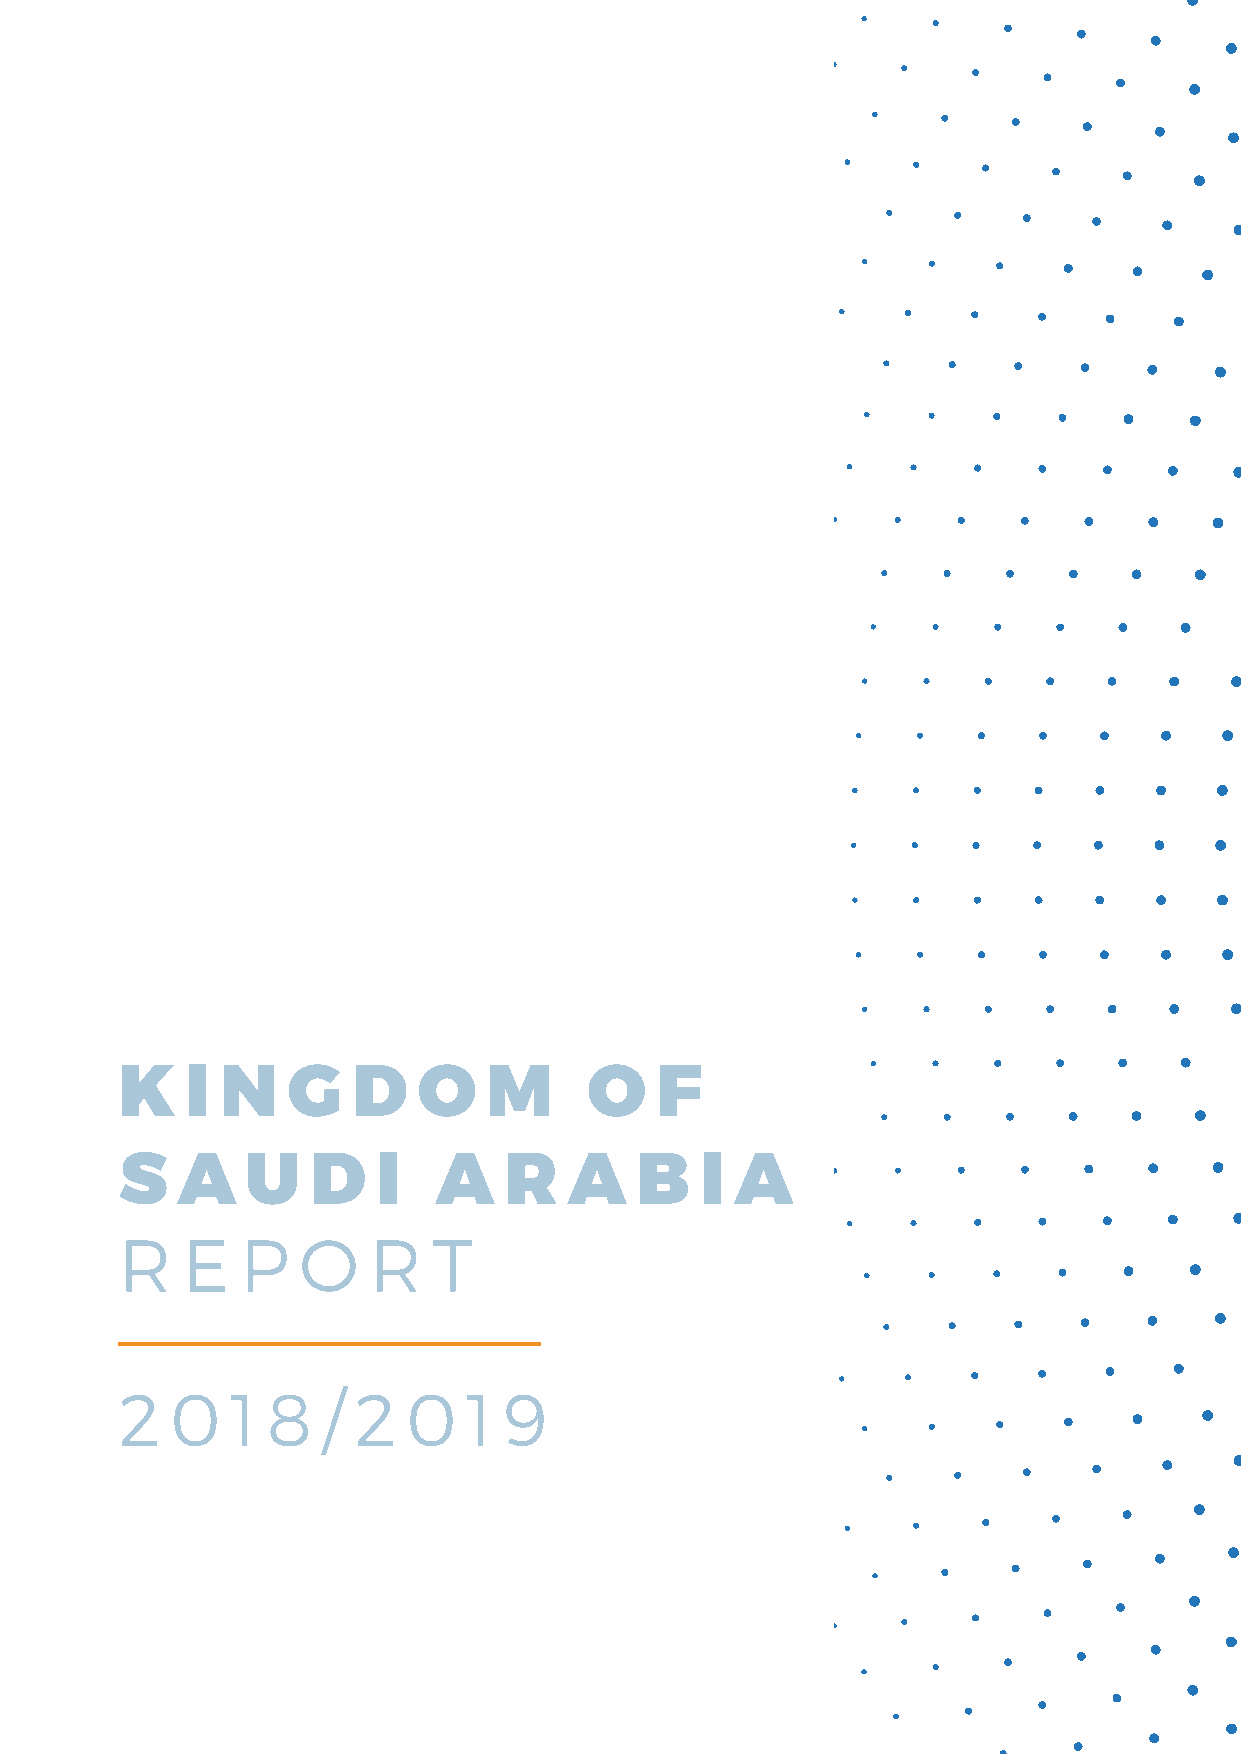
K   I  N   G   D    O   M      O   F
 S   A   U    D   I   A   R    A   B   I  A
 R   E   P   O   R    T
 2  0   1  8  / 2   0   1 9